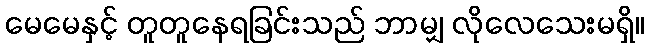
မေမေနှင့် တူတူနေရခြင်းသည် ဘာမျှ လိုလေသေးမရှိ။